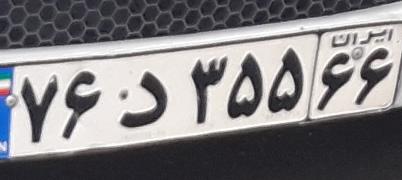
۷۶د۳۵۵۶۶